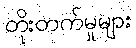
တိုးတက်မှုများ